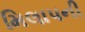
મિલાપની